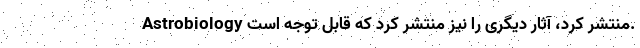
Astrobiology منتشر کرد، آثار دیگری را نیز منتشر کرد که قابل توجه است.